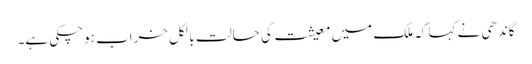
گاندھی نے کہا کہ ملک میں معیشت کی حالت بالکل خراب ہوچکی ہے۔